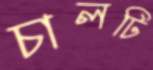
চালটি